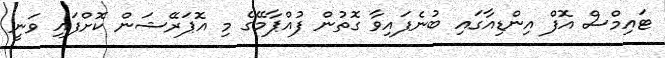
ޓައިމްސް އޮފް އިންޑިއާގައި ބުނެފައިވާ ގޮތުން ފުއްޕާމޭގެ މި އޮޕަރޭޝަން ކޮށްފައި ވަނީ